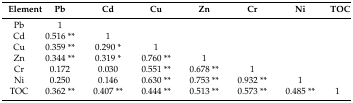
| Element | Pb | Cd | Cu | Zn | Cr | Ni | TOC |
 | --- | --- | --- | --- | --- | --- | --- | --- |
 | Pb | 1 |  |  |  |  |  |  |
 | Cd | 0.516 ** | 1 |  |  |  |  |  |
 | Cu | 0.359 ** | 0.290 * | 1 |  |  |  |  |
 | Zn | 0.344 ** | 0.319 * | 0.760 ** | 1 |  |  |  |
 | Cr | 0.172 | 0.030 | 0.551 ** | 0.678 ** | 1 |  |  |
 | Ni | 0.250 | 0.146 | 0.630 ** | 0.753 ** | 0.932 ** | 1 |  |
 | TOC | 0.362 ** | 0.407 ** | 0.444 ** | 0.513 ** | 0.573 ** | 0.485 ** | 1 |